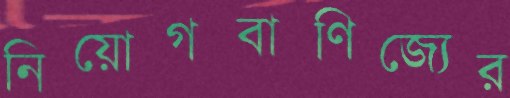
নিয়োগবাণিজ্যের